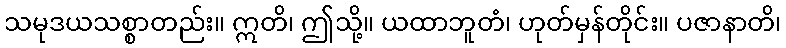
သမုဒယသစ္စာတည်း။ ဣတိ၊ ဤသို့။ ယထာဘူတံ၊ ဟုတ်မှန်တိုင်း။ ပဇာနာတိ၊